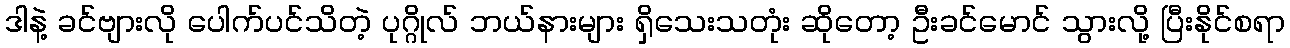
ဒါနဲ့ ခင်ဗျားလို ပေါက်ပင်သိတဲ့ ပုဂ္ဂိုလ် ဘယ်နားများ ရှိသေးသတုံး ဆိုတော့ ဦးခင်မောင် သွားလို့ ပြီးနိုင်စရာ